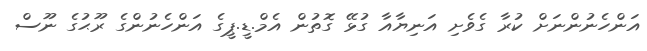
އަންހެނުންނަށް ކުރާ ގެވެށި އަނިޔާއާ ގުޅޭ ގޮތުން އެމް.ޑީ.ޕީގެ އަންހެނުންގެ ރޫޙުގެ ނޫސް